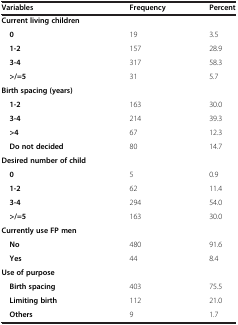
<table><thead><tr><td><b>Variables</b></td><td><b>Frequency</b></td><td><b>Percent</b></td></tr></thead><tbody><tr><td><b>Current living children</b></td><td></td><td></td></tr><tr><td> <b>0</b></td><td>19</td><td>3.5</td></tr><tr><td> <b>1-2</b></td><td>157</td><td>28.9</td></tr><tr><td> <b>3-4</b></td><td>317</td><td>58.3</td></tr><tr><td> <b>&gt;/=5</b></td><td>31</td><td>5.7</td></tr><tr><td><b>Birth spacing (years)</b></td><td></td><td></td></tr><tr><td> <b>1-2</b></td><td>163</td><td>30.0</td></tr><tr><td> <b>3-4</b></td><td>214</td><td>39.3</td></tr><tr><td> <b>&gt;4</b></td><td>67</td><td>12.3</td></tr><tr><td> <b>Do not decided</b></td><td>80</td><td>14.7</td></tr><tr><td><b>Desired number of child</b></td><td></td><td></td></tr><tr><td> <b>0</b></td><td>5</td><td>0.9</td></tr><tr><td> <b>1-2</b></td><td>62</td><td>11.4</td></tr><tr><td> <b>3-4</b></td><td>294</td><td>54.0</td></tr><tr><td> <b>&gt;/=5</b></td><td>163</td><td>30.0</td></tr><tr><td><b>Currently use FP men</b></td><td></td><td></td></tr><tr><td> <b>No</b></td><td>480</td><td>91.6</td></tr><tr><td> <b>Yes</b></td><td>44</td><td>8.4</td></tr><tr><td><b>Use of purpose</b></td><td></td><td></td></tr><tr><td> <b>Birth spacing</b></td><td>403</td><td>75.5</td></tr><tr><td> <b>Limiting birth</b></td><td>112</td><td>21.0</td></tr><tr><td> <b>Others</b></td><td>9</td><td>1.7</td></tr></tbody></table>